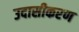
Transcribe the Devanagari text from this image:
उदासीकरण